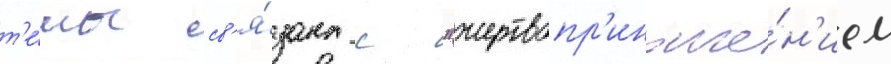
т'е́мы св'я́зана с "жертвопр'иноше́н'ием